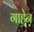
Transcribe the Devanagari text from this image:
गाहेन